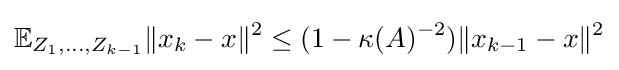
\mathbb {E} _{Z_{1},\ldots ,Z_{k-1}}{\|x_{k}-x\|^{2}}\leq (1-\kappa (A)^{-2}){\|x_{k-1}-x\|^{2}}